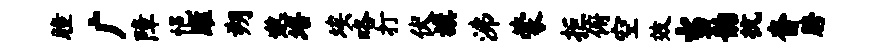
瞳广障悒雎朔邈培埃咯打伏旗沸蒙拒俯空效当韵抗杳胯